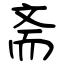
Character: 斋